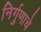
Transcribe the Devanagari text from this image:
निर्गुणाचे